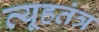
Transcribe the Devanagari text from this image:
व्यूहतंत्र